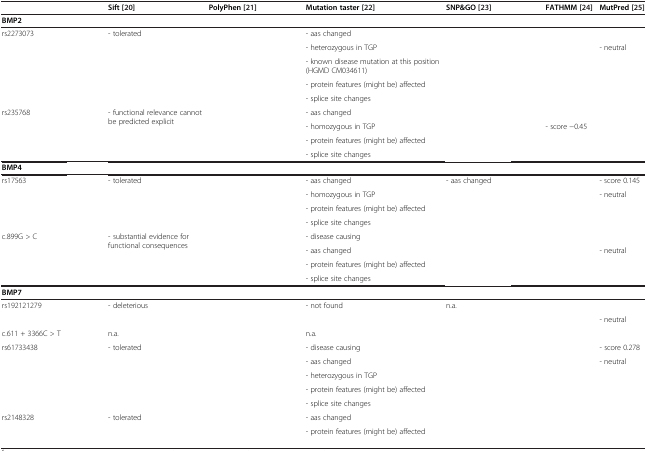
<table><thead><tr><td>[EMPTY_CELL]</td><td>[EMPTY_CELL]</td><td><b>Sift [20]</b></td><td><b>PolyPhen [21]</b></td><td><b>Mutation taster [22]</b></td><td><b>SNP&amp;GO [23]</b></td><td><b>FATHMM [24]</b></td><td><b>MutPred [25]</b></td></tr></thead><tbody><tr><td><b>BMP2</b></td><td>[EMPTY_CELL]</td><td>[EMPTY_CELL]</td><td>[EMPTY_CELL]</td><td>[EMPTY_CELL]</td><td>[EMPTY_CELL]</td><td>[EMPTY_CELL]</td><td>[EMPTY_CELL]</td></tr><tr><td rowspan="5">rs2273073</td><td rowspan="5">[EMPTY_CELL]</td><td rowspan="5">- tolerated</td><td rowspan="5">[EMPTY_CELL]</td><td>- aas changed</td><td rowspan="2">[EMPTY_CELL]</td><td>[EMPTY_CELL]</td><td>[EMPTY_CELL]</td></tr><tr><td>- heterozygous in TGP</td><td rowspan="3">[EMPTY_CELL]</td><td rowspan="3">- neutral</td></tr><tr><td>- known disease mutation at this position (HGMD CM034611)</td><td>[EMPTY_CELL]</td></tr><tr><td>- protein features (might be) affected</td><td>[EMPTY_CELL]</td></tr><tr><td>- splice site changes</td><td>[EMPTY_CELL]</td><td>[EMPTY_CELL]</td><td>[EMPTY_CELL]</td></tr><tr><td rowspan="4">rs235768</td><td rowspan="4">[EMPTY_CELL]</td><td rowspan="4">- functional relevance cannot be predicted explicit</td><td rowspan="4">[EMPTY_CELL]</td><td>- aas changed</td><td>[EMPTY_CELL]</td><td>[EMPTY_CELL]</td><td>[EMPTY_CELL]</td></tr><tr><td>- homozygous in TGP</td><td>[EMPTY_CELL]</td><td rowspan="3">- score -0.45</td><td rowspan="3">[EMPTY_CELL]</td></tr><tr><td>- protein features (might be) affected</td><td>[EMPTY_CELL]</td></tr><tr><td>- splice site changes</td><td>[EMPTY_CELL]</td></tr><tr><td><b>BMP4</b></td><td>[EMPTY_CELL]</td><td>[EMPTY_CELL]</td><td>[EMPTY_CELL]</td><td>[EMPTY_CELL]</td><td>[EMPTY_CELL]</td><td>[EMPTY_CELL]</td><td>[EMPTY_CELL]</td></tr><tr><td rowspan="4">rs17563</td><td rowspan="4">[EMPTY_CELL]</td><td rowspan="4">- tolerated</td><td rowspan="4">[EMPTY_CELL]</td><td>- aas changed</td><td rowspan="2">- aas changed</td><td>[EMPTY_CELL]</td><td>- score 0.145</td></tr><tr><td>- homozygous in TGP</td><td rowspan="3">[EMPTY_CELL]</td><td rowspan="3">- neutral</td></tr><tr><td>- protein features (might be) affected</td><td>[EMPTY_CELL]</td></tr><tr><td>- splice site changes</td><td>[EMPTY_CELL]</td></tr><tr><td rowspan="4">c.899G &gt; C</td><td rowspan="4">[EMPTY_CELL]</td><td rowspan="4">- substantial evidence for functional consequences</td><td rowspan="4">[EMPTY_CELL]</td><td>- disease causing</td><td rowspan="2">[EMPTY_CELL]</td><td>[EMPTY_CELL]</td><td>[EMPTY_CELL]</td></tr><tr><td>- aas changed</td><td rowspan="3">[EMPTY_CELL]</td><td rowspan="3">- neutral</td></tr><tr><td>- protein features (might be) affected</td><td>[EMPTY_CELL]</td></tr><tr><td>- splice site changes</td><td>[EMPTY_CELL]</td></tr><tr><td><b>BMP7</b></td><td>[EMPTY_CELL]</td><td>[EMPTY_CELL]</td><td>[EMPTY_CELL]</td><td>[EMPTY_CELL]</td><td>[EMPTY_CELL]</td><td>[EMPTY_CELL]</td><td>[EMPTY_CELL]</td></tr><tr><td rowspan="2">rs192121279</td><td rowspan="2">[EMPTY_CELL]</td><td rowspan="2">- deleterious</td><td rowspan="2">[EMPTY_CELL]</td><td rowspan="2">- not found</td><td rowspan="2">n.a.</td><td rowspan="2">[EMPTY_CELL]</td><td>[EMPTY_CELL]</td></tr><tr><td>- neutral</td></tr><tr><td>c.611 + 3366C &gt; T</td><td>[EMPTY_CELL]</td><td>n.a.</td><td>[EMPTY_CELL]</td><td>n.a.</td><td>[EMPTY_CELL]</td><td>[EMPTY_CELL]</td><td>[EMPTY_CELL]</td></tr><tr><td rowspan="5">rs61733438</td><td rowspan="5">[EMPTY_CELL]</td><td rowspan="5">- tolerated</td><td rowspan="5">[EMPTY_CELL]</td><td>- disease causing</td><td rowspan="2">[EMPTY_CELL]</td><td>[EMPTY_CELL]</td><td>- score 0.278</td></tr><tr><td>- aas changed</td><td>[EMPTY_CELL]</td><td>- neutral</td></tr><tr><td>- heterozygous in TGP</td><td rowspan="2">[EMPTY_CELL]</td><td rowspan="3">[EMPTY_CELL]</td><td rowspan="3">[EMPTY_CELL]</td></tr><tr><td>- protein features (might be) affected</td></tr><tr><td>- splice site changes</td><td>[EMPTY_CELL]</td></tr><tr><td rowspan="2">rs2148328</td><td rowspan="2">[EMPTY_CELL]</td><td rowspan="2">- tolerated</td><td rowspan="2">[EMPTY_CELL]</td><td>- aas changed</td><td rowspan="2">[EMPTY_CELL]</td><td rowspan="2">[EMPTY_CELL]</td><td>[EMPTY_CELL]</td></tr><tr><td>- protein features (might be) affected</td><td>[EMPTY_CELL]</td></tr></tbody></table>